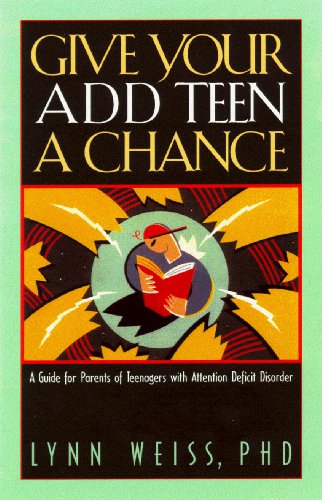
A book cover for Give Your ADD Teen a Chance: A Guide for Parents of Teenagers With Attention Deficit Disorder; Lynn Weiss; Parenting & Relationships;